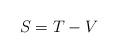
LaTeX: \begin{align*} S=T-V\end{align*}